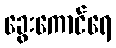
ခွေးကောင်ရေ